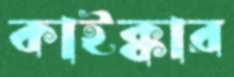
কাইক্কার